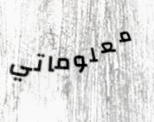
معلوماتي